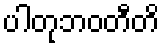
ပါတုဘဝတီတိ